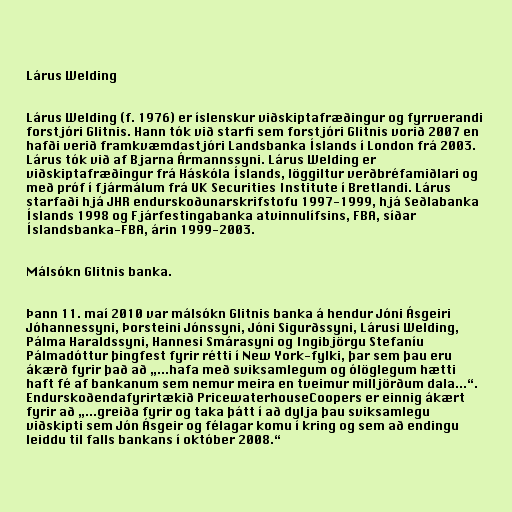
Lárus Welding

Lárus Welding (f. 1976) er íslenskur viðskiptafræðingur og fyrrverandi
forstjóri Glitnis. Hann tók við starfi sem forstjóri Glitnis vorið 2007 en
hafði verið framkvæmdastjóri Landsbanka Íslands í London frá 2003.
Lárus tók við af Bjarna Ármannssyni. Lárus Welding er
viðskiptafræðingur frá Háskóla Íslands, löggiltur verðbréfamiðlari og
með próf í fjármálum frá UK Securities Institute í Bretlandi. Lárus
starfaði hjá JHR endurskoðunarskrifstofu 1997-1999, hjá Seðlabanka
Íslands 1998 og Fjárfestingabanka atvinnulífsins, FBA, síðar
Íslandsbanka-FBA, árin 1999-2003.

Málsókn Glitnis banka.

Þann 11. maí 2010 var málsókn Glitnis banka á hendur Jóni Ásgeiri
Jóhannessyni, Þorsteini Jónssyni, Jóni Sigurðssyni, Lárusi Welding,
Pálma Haraldssyni, Hannesi Smárasyni og Ingibjörgu Stefaníu
Pálmadóttur þingfest fyrir rétti í New York-fylki, þar sem þau eru
ákærð fyrir það að „...hafa með sviksamlegum og ólöglegum hætti
haft fé af bankanum sem nemur meira en tveimur milljörðum dala...“.
Endurskoðendafyrirtækið PricewaterhouseCoopers er einnig ákært
fyrir að „...greiða fyrir og taka þátt í að dylja þau sviksamlegu
viðskipti sem Jón Ásgeir og félagar komu í kring og sem að endingu
leiddu til falls bankans í október 2008.“